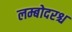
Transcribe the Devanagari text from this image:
लम्बोदरश्च